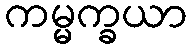
ကမ္မက္ခယာ